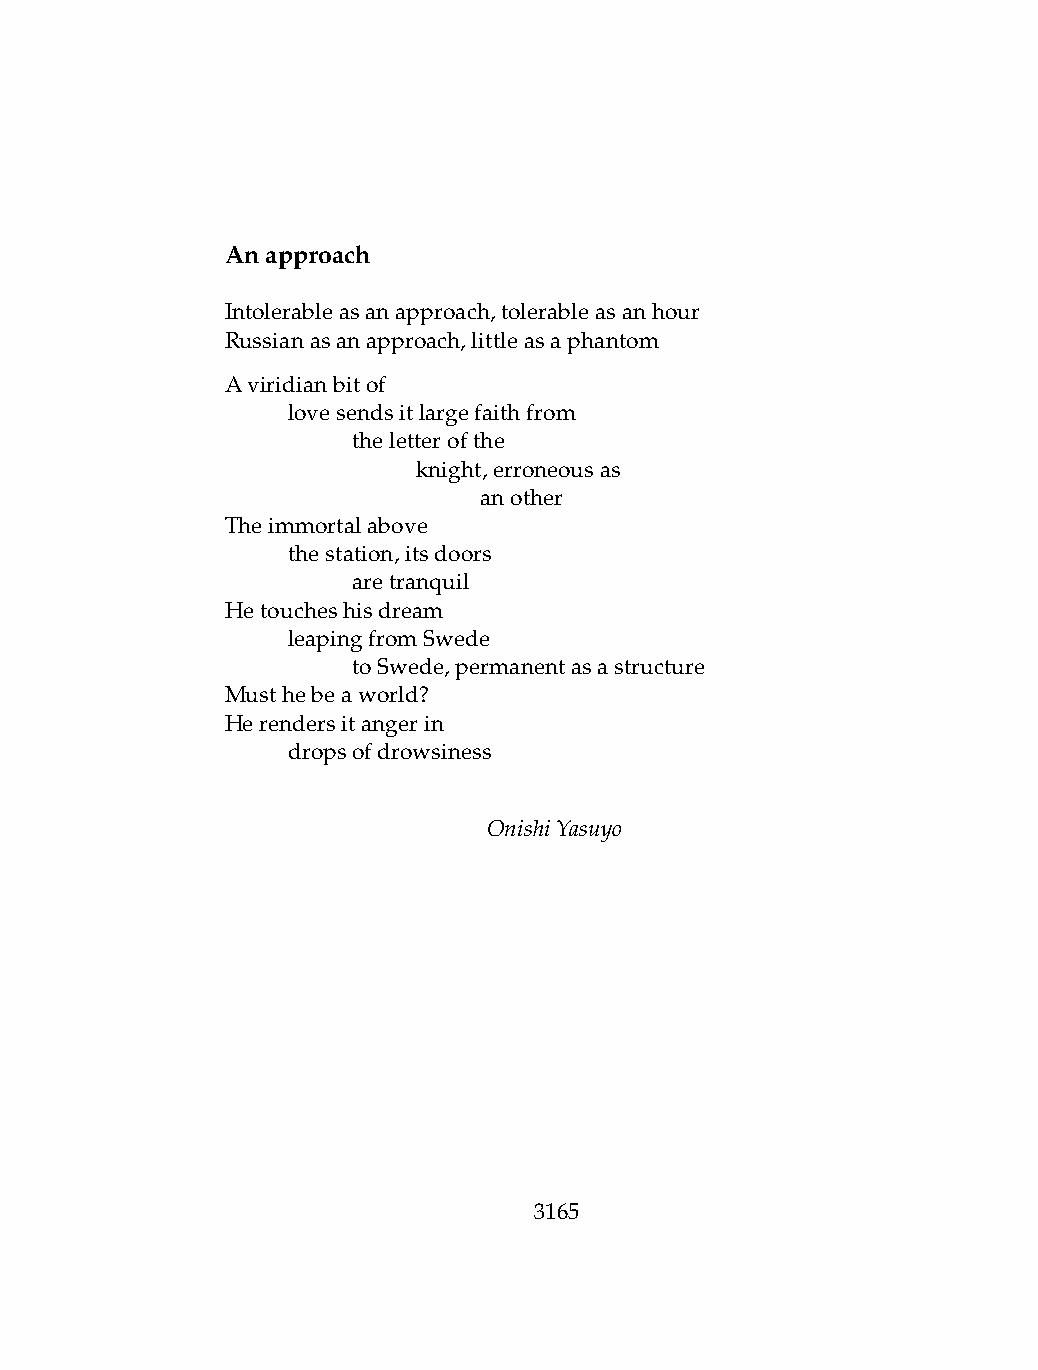
Anapproach
 Intolerableasanapproach,tolerableasanhour
 Russianasanapproach,littleasaphantom
 Aviridianbitof
 .   lovesendsitlargefaithfrom
 .   .   theletterofthe
 .   .   .    knight,erroneousas
 .   .   .    .   another
 Theimmortalabove
 .   thestation,itsdoors
 .   .   aretranquil
 Hetoucheshisdream
 .   leapingfromSwede
 .   .   toSwede,permanentasastructure
 Musthebeaworld?
 Herendersitangerin
 .   dropsofdrowsiness
 OnishiYasuyo
 3165